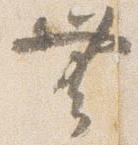
無